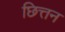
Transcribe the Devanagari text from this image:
छित्तन